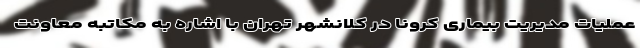
عملیات مدیریت بیماری کرونا در کلانشهر تهران با اشاره به مکاتبه معاونت